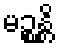
မဉ္စန္တိ